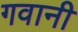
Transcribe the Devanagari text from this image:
गवानी